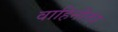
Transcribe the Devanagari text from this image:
वाहिनीतंत्र